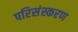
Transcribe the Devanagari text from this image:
परिसंस्करण